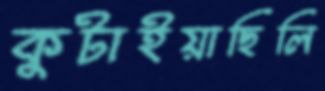
কুটাইয়াছিলি